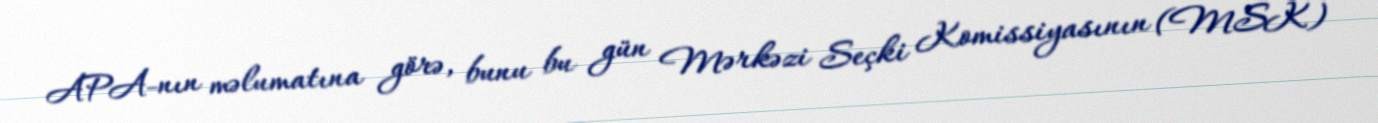
APA-nın məlumatına görə, bunu bu gün Mərkəzi Seçki Komissiyasının (MSK)